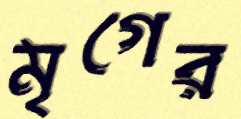
মৃগের